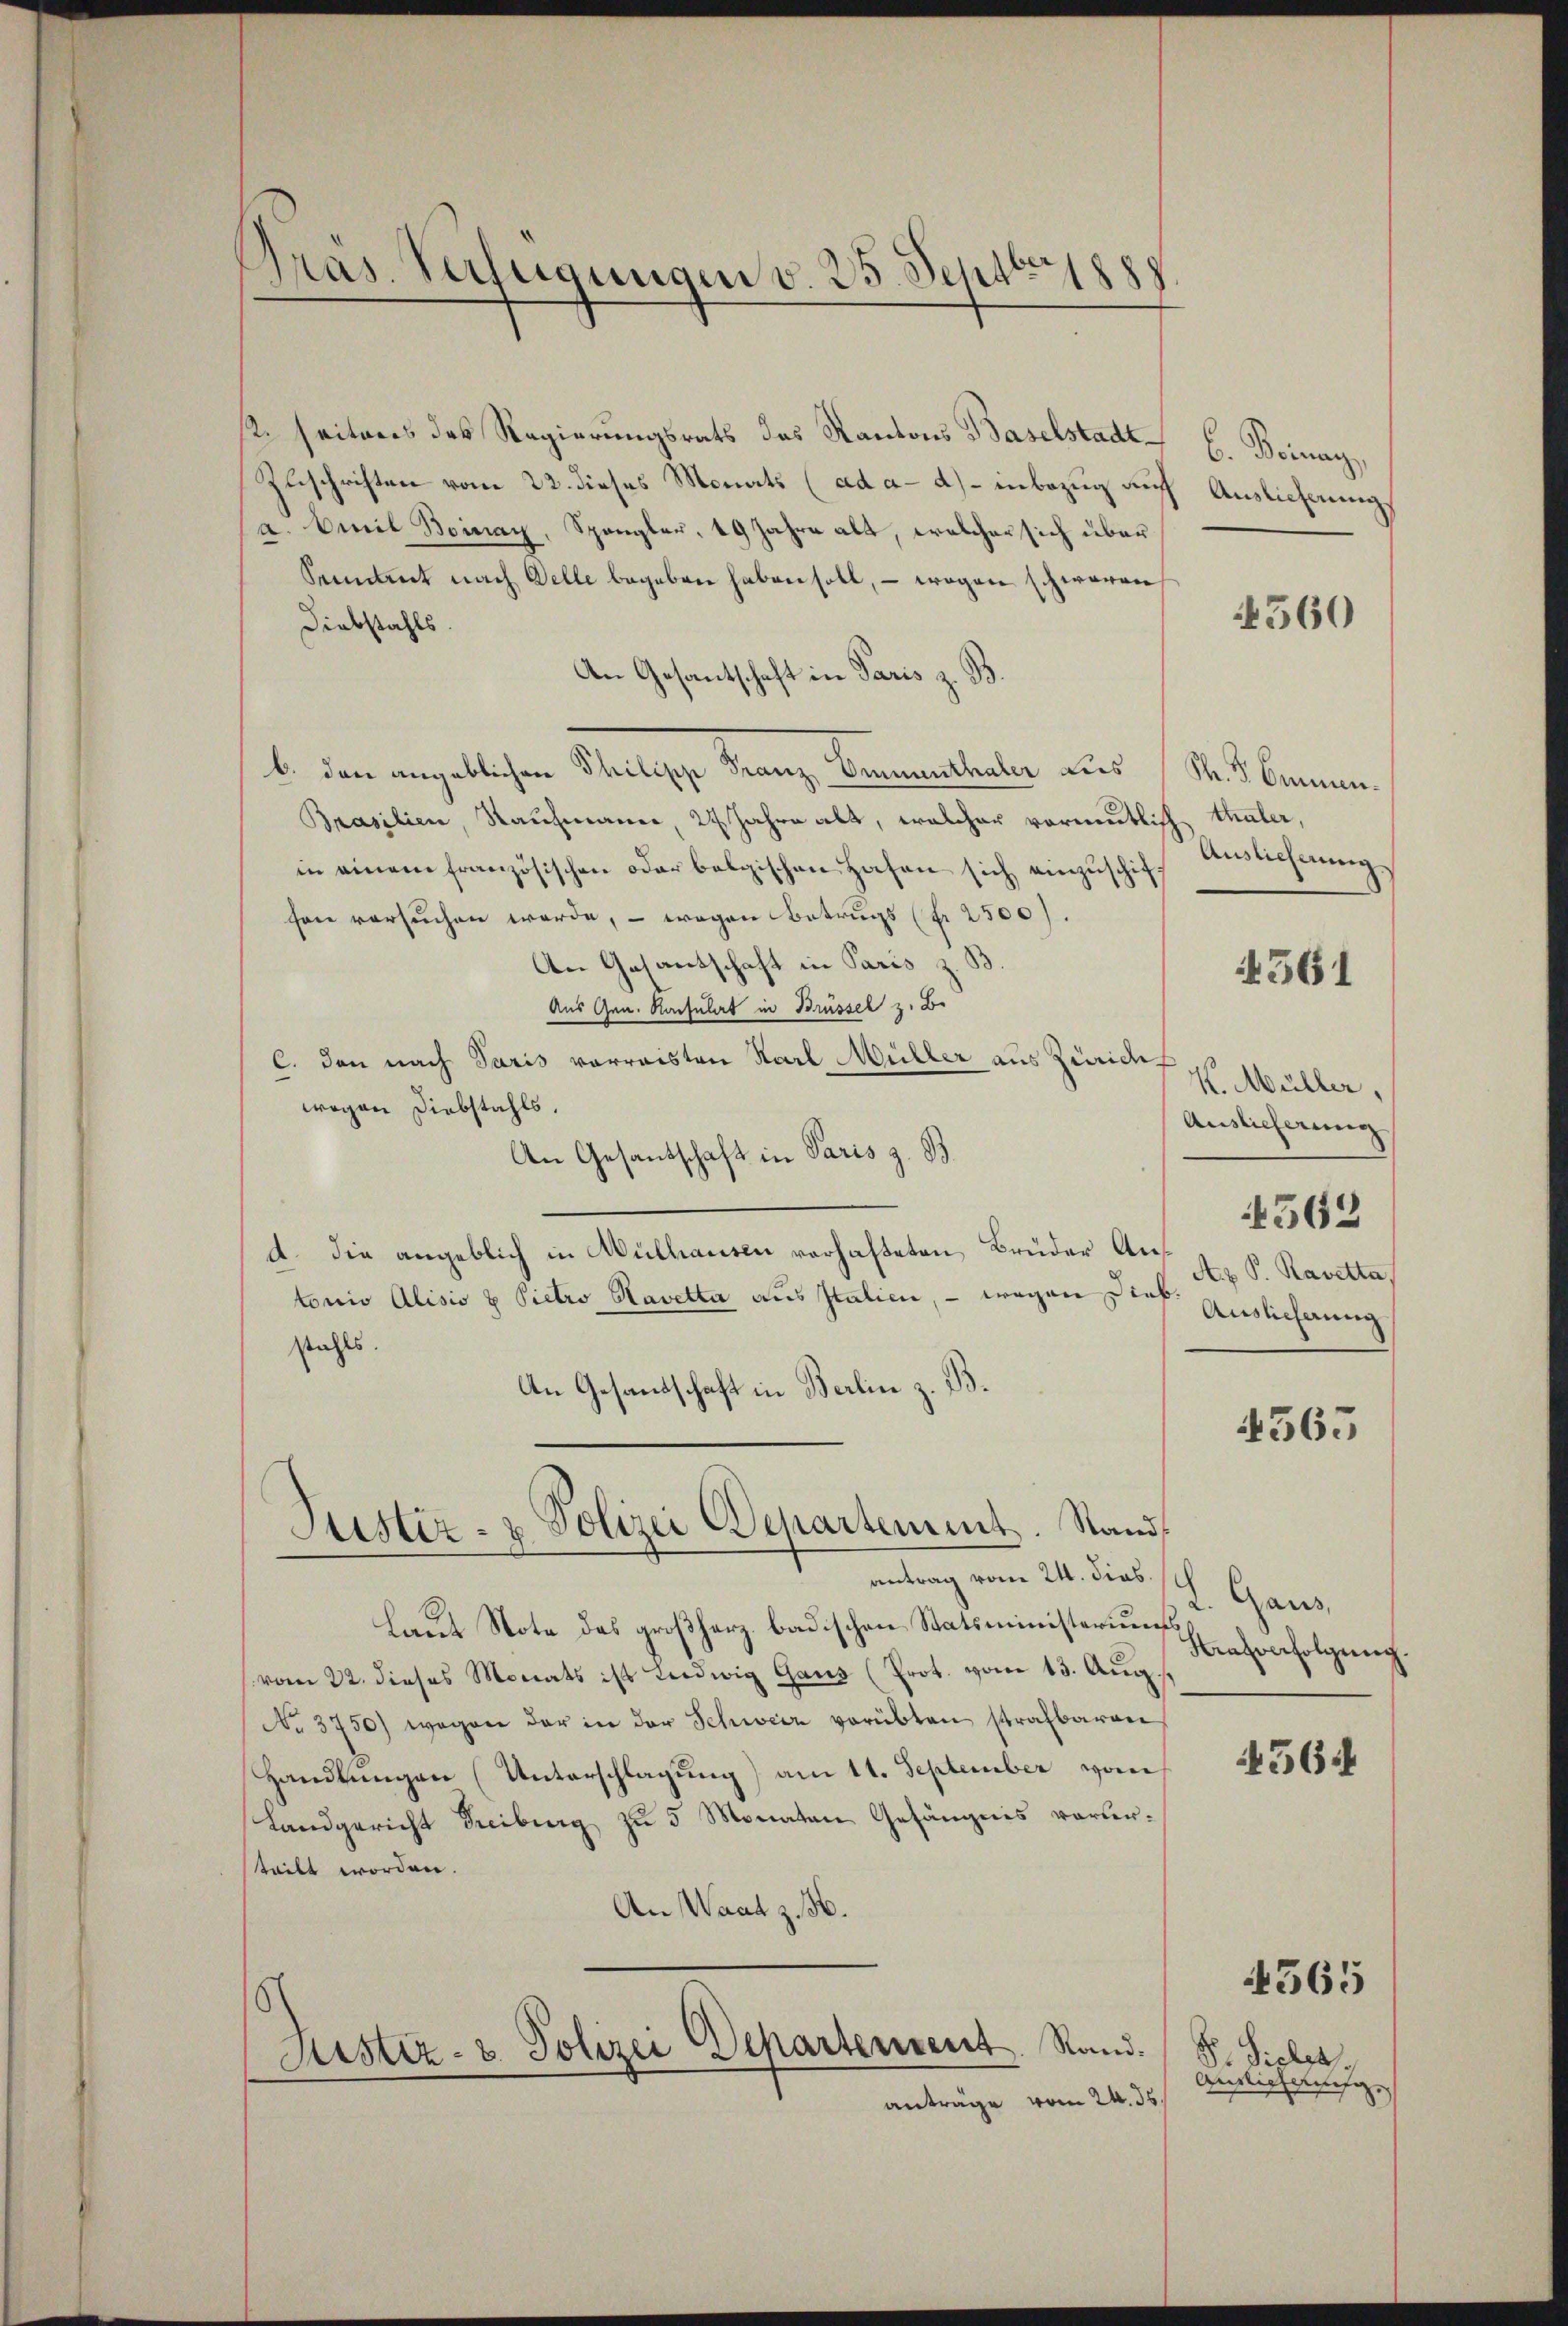
¬
Pras. Verfügungen v. 25. Sept 1888

s. seiteres des Regierungsrats das Kantons Baselstadt¬
Zuschriften vom 22. dieses Monats (ad a. a.) inbezug auf Auslieferung
a. Emil Boinay, Spangler, 19 Jahre alt, welcher sich über
Sentent nach Delle begeben haben soll, – wogen schweren
Diebstahls
An Gesantschaft in Paris z. B.
b. den angeblichen Philipp Franz, Bementhaler des
Brasilien, Kaufmanne, 24 Jahre alt, welcher vormutlich thater,
in einem französischen oder belgischen Hafen sich einzŭschifsen versuchen werde, – wegen Betrugs (Nr. 2500.
An Gesantschaft in Paris z. B
Aus Gen. Karsulat in Brüssel z. B.
C. den nach Paris vorreisten Karl Müller aus Zürichwegen Diebstahls.
An Gesandschaft in Paris z. B.
d. Die angeblich in Mülhausen verhafteten Brüder Antonio Alisio & Pietro Havette aus Italien, - wegen Sieb. Nr. S. Ravetta,
stahls.
An Gesandschaft in Berlin z. B.
Justiz- & Polizei Departement. Stand
antrag vom 24. dies
Laut Note das großherz badischen Statsministeriums
vom 22. dieses Monats ist Ludwig Gaus (Prot. vom 13. Aug.
No. 3750) wegen der in der Schweiz verübten strafbaren
Handlungen (Unterschlagung) am 11. September von
Landgericht Freiburg zu 5 Monaten Gefängnis vorherteilt worden.
An Waat z. H.

Justiz- u. Polizei Departement. Rand.
anträge vom 24. ds.

b. Beinan,

4560

M. D. Emmen.
Auslichnung

4561

K. Müller,
Auslieferung
Auslicherung

563

4565

2. Gaus
Strafverfolgung.

4564

Pr. Sieler.
Ansich schleg

4565